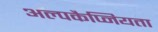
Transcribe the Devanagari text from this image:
अल्पकैप्नियता